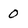
Character: 0